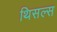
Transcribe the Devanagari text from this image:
थिसल्स